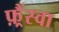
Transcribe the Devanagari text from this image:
फ़्रैंस्वा